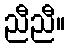
ညီညီ။